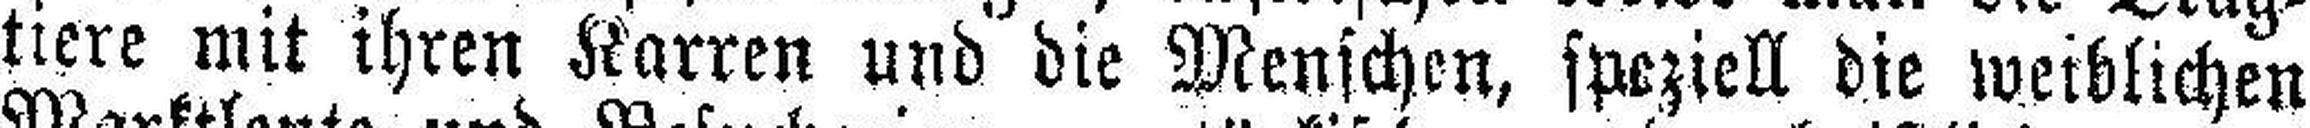
tiere mit ihren Karren und die Menschen, speziell die weiblichen